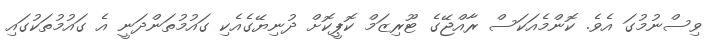
ވިސްނުމުގަ އެވެ. ކޮންމެއަކަސް ރާއްޖޭގެ ޓޫރިޒަމް ކޮޕީކޮށް ދުނިޔޭގެއެކި ގައުމުތަންދަނީ އެ ގައުމުތަކުގައި